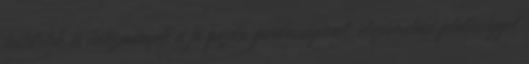
testületek és intézmények a jó gazda gondosságával, elszámolási felelősséggel